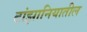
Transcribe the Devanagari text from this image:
टांझानियातील